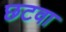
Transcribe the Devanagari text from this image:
छटवा